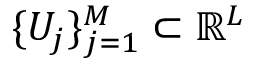
\{ U _ { j } \} _ { j = 1 } ^ { M } \subset \mathbb { R } ^ { L }